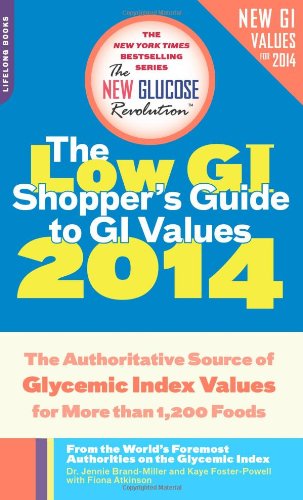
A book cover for The Low GI Shopper's Guide to GI Values 2014: The Authoritative Source of Glycemic Index Values for More than 1,200 Foods (New Glucose Revolutions); Dr. Jennie Brand-Miller; Health, Fitness & Dieting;